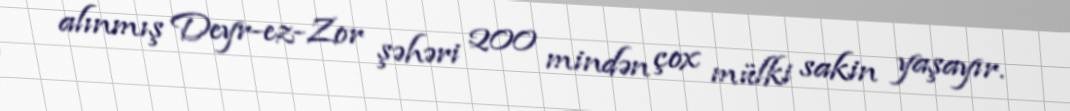
alınmış Deyr-ez-Zor şəhəri 200 mindən çox mülki sakin yaşayır.